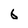
Character: 6